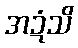
အဍံသိ